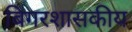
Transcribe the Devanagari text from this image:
बिगरशासकीय